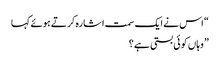
“ اس نے ایک سمت اشارہ کرتے ہوئے کہا
” وہاں کوئی بستی ہے ؟